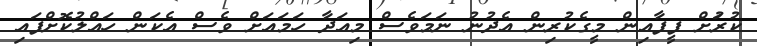
ކުރުަށް ފީފާއިން މީގެކުރިން އެދުނު ނަމަވެސް މިއަދާ ހަމައަށް ވެސް އެކަން ހައްލުކޮށްފައި